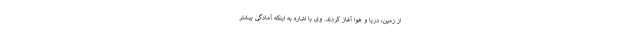
از زمین، دریا و هوا آغاز کردند. وی با اشاره به اینکه آمادگی بیشتر